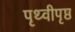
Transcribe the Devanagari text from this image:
पृथ्वीपृष्ठ